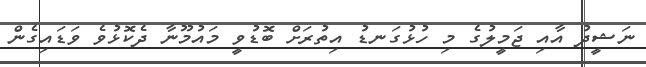
ނަޝީދު އާއި ޖަމީލުގެ މި ހުޅުގަނޑު އިތުރަށް ބޮޑުވީ މައުމޫނާ ދެކޮޅުވެ ވަޑައިގެން